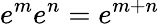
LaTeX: e^{m}e^{n}=e^{m+n}